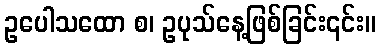
ဥပေါသထော စ၊ ဥပုသ်နေ့ဖြစ်ခြင်း၎င်း။